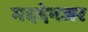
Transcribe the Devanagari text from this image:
मददेनजर